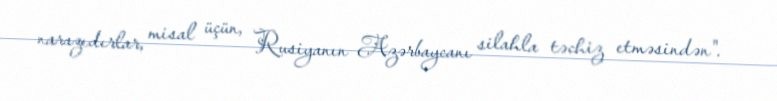
narazıdırlar, misal üçün, Rusiyanın Azərbaycanı silahla təchiz etməsindən".